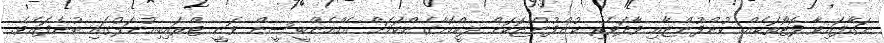
ނަގާފައިވާ ފޮޓޯތަކެއް ކުންފުންޏާއި ވާދަވެރި ކުންފުންޏަކަށް ލީކްކޮށްގެންކަމަށް އެމްއެންބީސީން ވަނީ ޓްރައިބިއުނަލުގައި ބުނެފައެވެ.